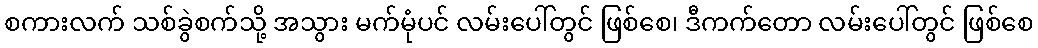
စကားလက် သစ်ခွဲစက်သို့ အသွား မက်မုံပင် လမ်းပေါ်တွင် ဖြစ်စေ၊ ဒီကက်တော လမ်းပေါ်တွင် ဖြစ်စေ